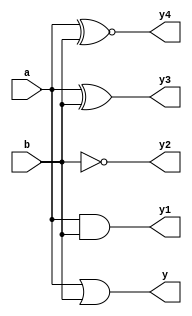
module bitwise(
input [3:0]a,b,
output [3:0]y,y1,y2,y3,y4);

assign y=a|b;
assign y1=a&b;
assign y2=~b;
assign y3=a^b;
assign y4=a^~b;
endmodule